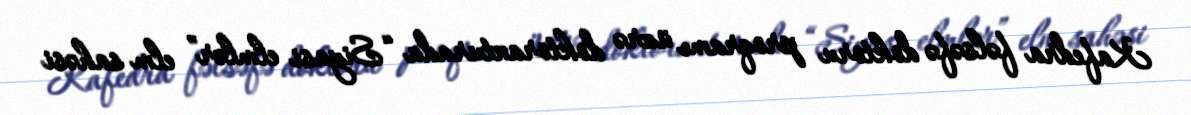
Kafedra fəlsəfə doktoru proqramı üzrə doktoranturada “Siyasi elmlər” elm sahəsi